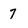
Character: 7